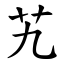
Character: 艽